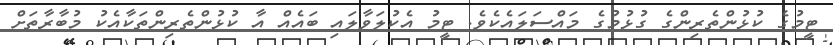
ޓީމުގެ ކުޅުންތެރިންގެ ގުޅުމުގެ މައްސަލައެކެވެ. ޓީމު އެކުލަވާލައި ބައެއް އާ ކުޅުންތެރިންތަކާއެކު މުބާރާތަށް